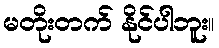
မတိုးတက် နိုင်ပါဘူး။